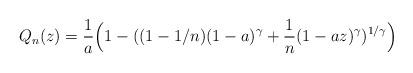
LaTeX: \begin{align*}Q_n(z) = \frac{1}{a}\Bigl( 1-((1-1/n)(1-a)^{\gamma} +\frac{1}{n}(1-a z)^{\gamma })^{1/\gamma}\Bigr)\end{align*}